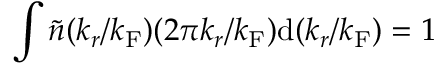
\int \tilde { n } ( k _ { r } / k _ { \mathrm { F } } ) ( 2 \pi k _ { r } / k _ { \mathrm { F } } ) \mathrm { d } ( k _ { r } / k _ { \mathrm { F } } ) = 1